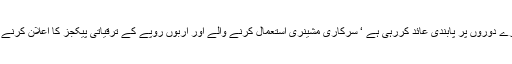
الیکشن کمیشن آف پاکستان صرف میرے دوروں پر پابندی عائد کررہی ہے ‘ سرکاری مشینری استعمال کرنے والے اور اربوں روپے کے ترقیاتی پیکجز کا اعلان کرنے والوں کو کھلی چھٹی دے رکھی ہے۔